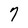
Character: 7